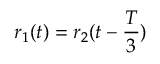
\boldsymbol { r } _ { 1 } ( t ) = \boldsymbol { r } _ { 2 } ( t - \frac { T } { 3 } )